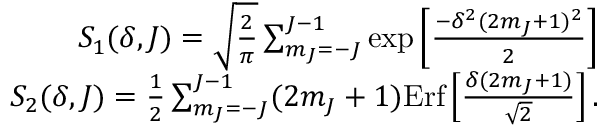
\begin{array} { r } { S _ { 1 } ( \delta , J ) = \sqrt { \frac { 2 } { \pi } } \sum _ { m _ { J } = - J } ^ { J - 1 } \exp \left[ \frac { - \delta ^ { 2 } ( 2 m _ { J } + 1 ) ^ { 2 } } { 2 } \right] } \\ { S _ { 2 } ( \delta , J ) = \frac { 1 } { 2 } \sum _ { m _ { J } = - J } ^ { J - 1 } ( 2 m _ { J } + 1 ) \mathrm { E r f } \left[ \frac { \delta ( 2 m _ { J } + 1 ) } { \sqrt { 2 } } \right] . } \end{array}